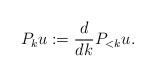
LaTeX: \begin{align*}P_k u := \frac{d}{dk} P_{< k} u.\end{align*}